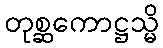
တုစ္ဆကောဋ္ဌသ္မိ